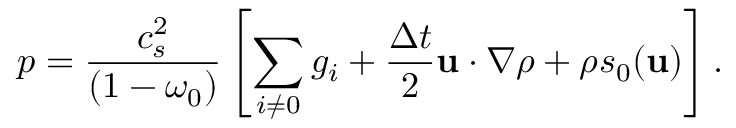
p = \frac { c _ { s } ^ { 2 } } { \left( 1 - \omega _ { 0 } \right) } \left[ \sum _ { i \neq 0 } g _ { i } + \frac { \Delta t } { 2 } \mathbf { u } \cdot \nabla \rho + \rho s _ { 0 } ( \mathbf { u } ) \right] .